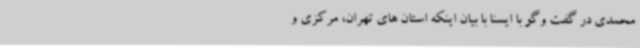
محمدی در گفت وگو با ایسنا با بیان اینکه استان های تهران، مرکزی و